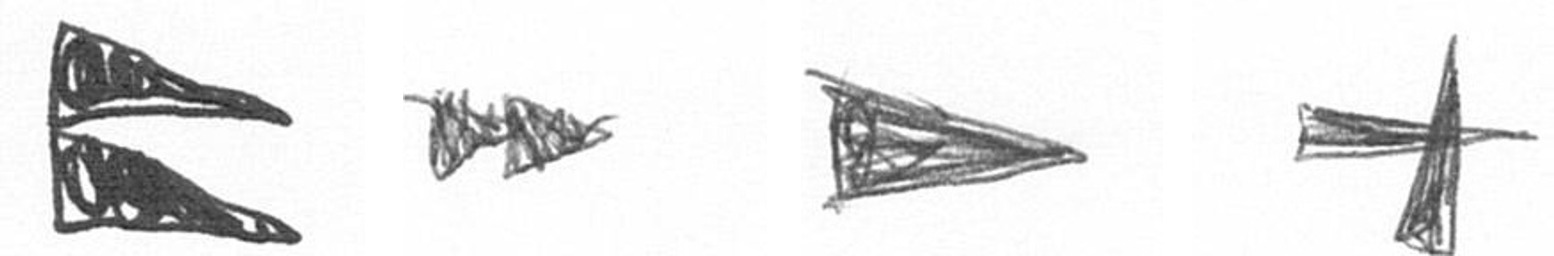
P A T G